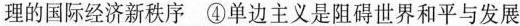
理的国际经济新秩序 ④单边主义是阻碍世界和平与发展